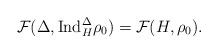
LaTeX: \begin{align*} \mathcal{F}(\Delta,\mathrm{Ind}_{H}^{\Delta}\rho_0)=\mathcal{F}(H,\rho_0). \end{align*}